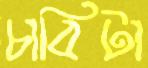
চাবিটা